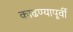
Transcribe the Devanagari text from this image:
काढण्यापूर्वी